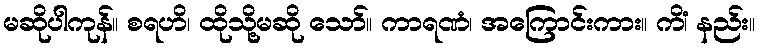
မဆိုပါကုန်။ စရဟိ၊ ထိုသို့မဆို သော်။ ကာရဏံ၊ အကြောင်းကား။ ကိံ၊ နည်း။